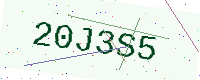
Text: 20J3S5